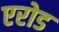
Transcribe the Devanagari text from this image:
एरोड